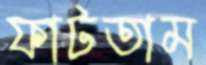
ফাটতাম